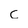
Character: c